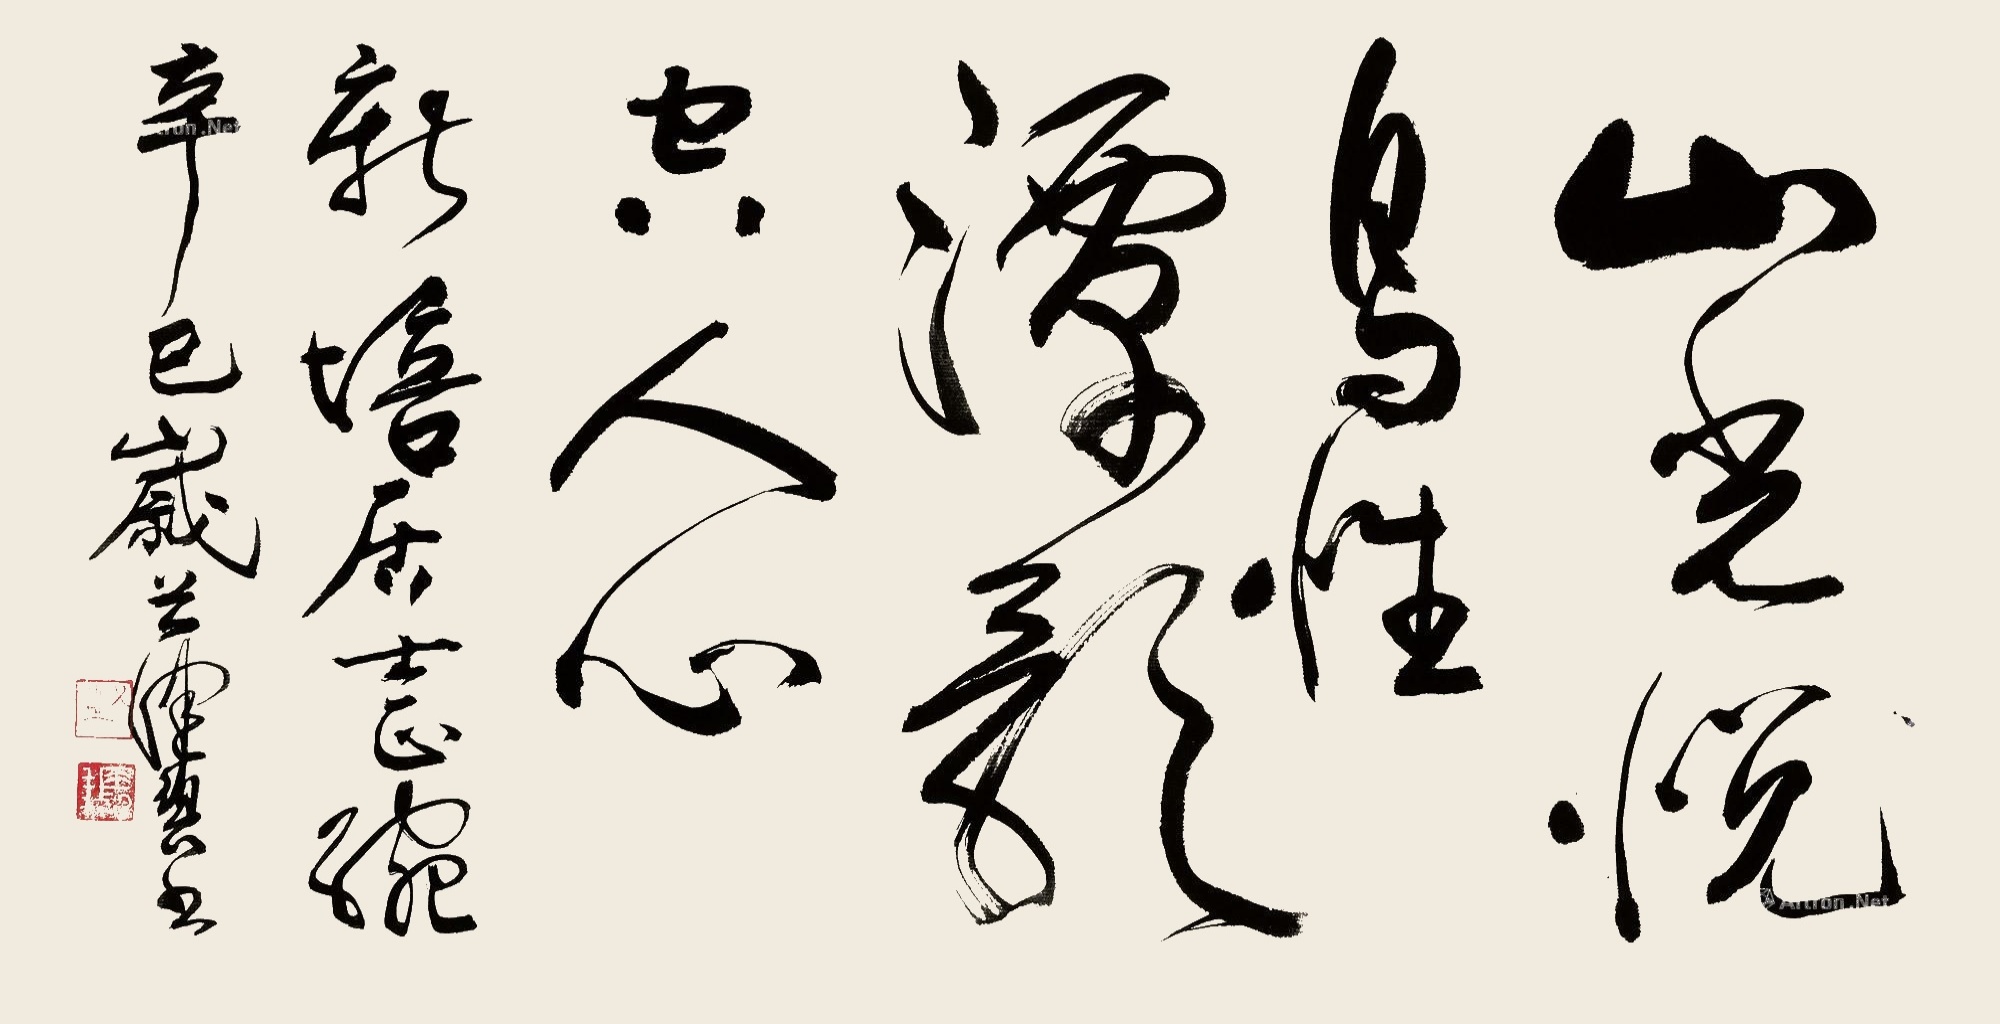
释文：山光悦鸟性，潭影空人心。新培居士正腕，辛巳岁首，健碧书。